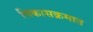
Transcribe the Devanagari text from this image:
विकासक्रमात